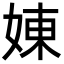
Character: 娻